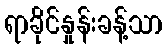
ရာခိုင်နှုန်းခန့်သာ